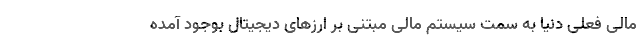
مالی فعلی دنیا به سمت سیستم مالی مبتنی بر ارزهای دیجیتال بوجود آمده